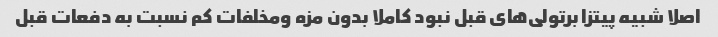
اصلا شبیه پیتزا برتولی‌های قبل نبود کاملا بدون مزه ومخلفات کم نسبت به دفعات قبل